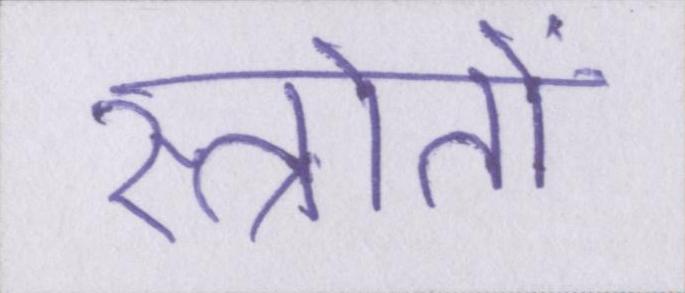
स्त्रोतों